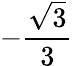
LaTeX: -{\frac{\sqrt{3}}{3}}